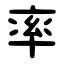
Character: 率